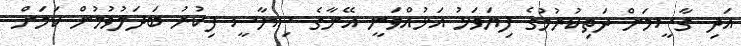
އަދި ގާސީމަށް ދަތިކުރުމުގެ ފިޔަވަޅު އަޅުއްވަނީ އޭނާގެ ސިޔާސީ ފިކުރު ބަދަލުވުމުން ކަމަށް